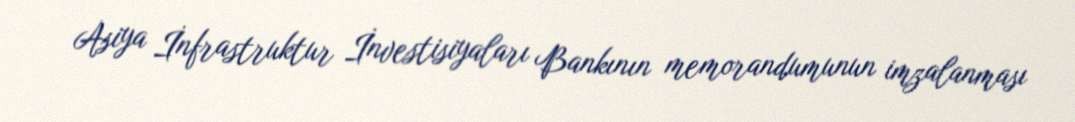
Asiya İnfrastruktur İnvestisiyaları Bankının memorandumunun imzalanması